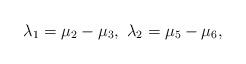
LaTeX: \begin{align*}\lambda_1=\mu_2-\mu_3, \ \lambda_2=\mu_5-\mu_6,\end{align*}